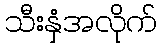
သီးနှံအလိုက်